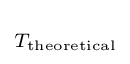
\scriptstyle T_{\text{theoretical}}